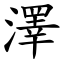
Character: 澤